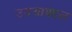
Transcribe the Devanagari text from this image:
उदयाबद्दल